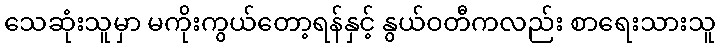
သေဆုံးသူမှာ မကိုးကွယ်တော့ရန်နှင့် နွယ်ဝတီကလည်း စာရေးသားသူ